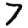
Digit: 7